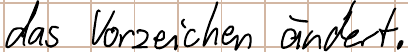
das Vorzeichen verändert.